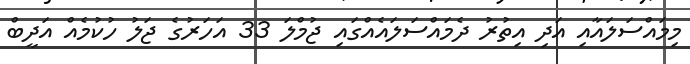
މިމައްސަލައާއި އަދި އިތުރު ދެމައްސަލައެއްގައި ޖުމްލަ 33 އަހަރުގެ ޖަލު ހުކުމެއް އަދީބް